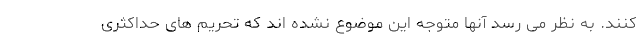
کنند. به نظر می رسد آنها متوجه این موضوع نشده اند که تحریم های حداکثری